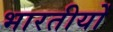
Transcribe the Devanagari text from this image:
भारतीयोँ